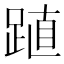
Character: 𨁷